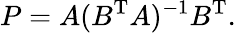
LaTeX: P=A(B^{\mathrm{T}}A)^{-1}B^{\mathrm{T}}.